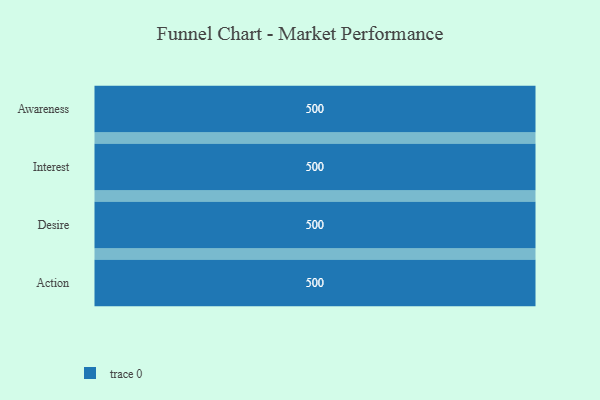
{"axis": {"x": "Stage", "y": "Value"}, "legend": [""], "data": [{"x": "Awareness", "y": 500, "type": ""}, {"x": "Interest", "y": 500, "type": ""}, {"x": "Desire", "y": 500, "type": ""}, {"x": "Action", "y": 500, "type": ""}]}